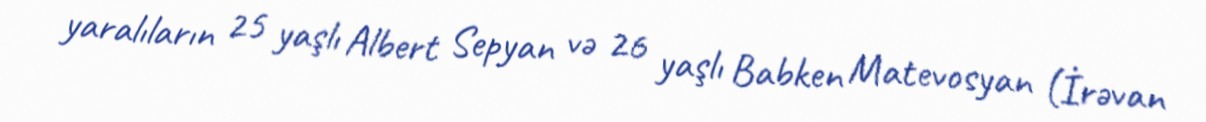
yaralıların 25 yaşlı Albert Sepyan və 26 yaşlı Babken Matevosyan (İrəvan